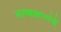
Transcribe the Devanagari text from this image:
भाष्यकारांचे